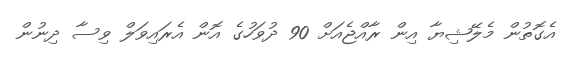
އެގޮތުން މެލޭޝިޔާ އިން ރާއްޖެއަށް 90 ދުވަހުގެ އޮން އެރައިވަލް ވިސާ ދިނުން